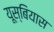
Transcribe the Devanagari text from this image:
यूस्बियास